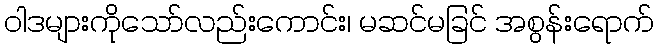
ဝါဒများကိုသော်လည်းကောင်း၊ မဆင်မခြင် အစွန်းရောက်